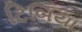
ટિબિયા